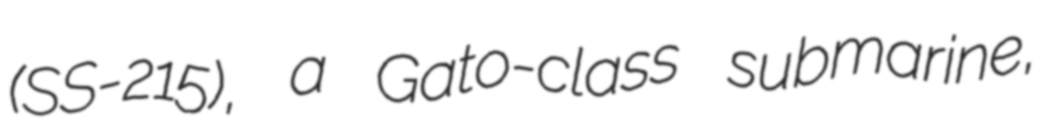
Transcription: (SS-215), a Gato-class submarine,